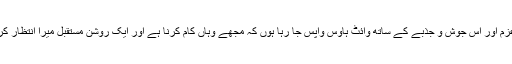
میں اس عزم اور اس جوش و جذبے کے ساتھ وائٹ ہاؤس واپس جا رہا ہوں کہ مجھے وہاں کام کرنا ہے اور ایک روشن مستقبل میرا انتظار کر رہا ہے۔